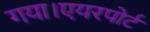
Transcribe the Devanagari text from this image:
गया।एयरपोर्ट